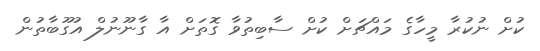
ކުށް ނުކުރާ މީހާގެ މައްޗަށް ކުށް ސާބިތުވާ ގޮތަށް އާ ގާނޫނުލް އުގޫބާތުން